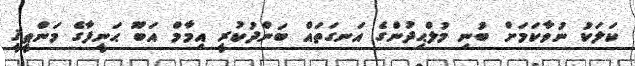
ކަލަކު ނުވާކަމަށް ބުނި މުލްޙިދުންގެ އަނގަތައް ބަންދުކުރީ އިމާމް އަބޫ ޙަނީފާގެ މަންޠީޤީ